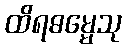
ထိရဓမ္မေသု